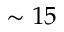
\sim 1 5